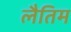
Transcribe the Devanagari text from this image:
लैतिम